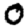
Digit: 0